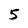
Character: 5